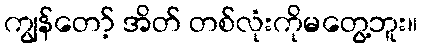
ကျွန်တော့် အိတ် တစ်လုံးကိုမတွေ့ဘူး။